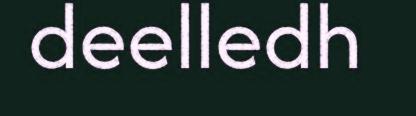
deelledh